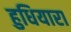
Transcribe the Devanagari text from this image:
हुधियारा